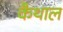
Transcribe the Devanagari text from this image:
कैथाल